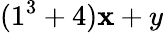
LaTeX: (1^{3}+4)\mathbf{x}+y